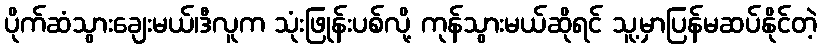
ပိုက်ဆံသွားချေးမယ်၊ဒီလူက သုံးဖြုန်းပစ်လို့ ကုန်သွားမယ်ဆိုရင် သူ့မှာပြန်မဆပ်နိုင်တဲ့